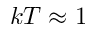
k T \approx 1